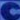
C